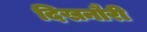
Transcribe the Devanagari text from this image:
दिखनौरी